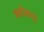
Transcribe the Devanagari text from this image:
क्योकाइ